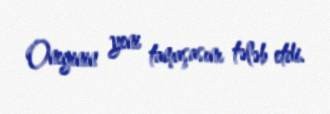
Oneginin yeni tamaşasını tələb etdi.